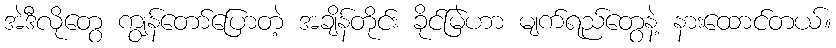
အဲဒီလိုတွေ ကျွန်တော်ပြောတဲ့ အချိန်တိုင်း ခိုင်မြဲဟာ မျက်ရည်တွေနဲ့ နားထောင်တယ်။